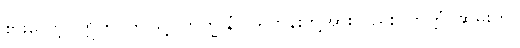
စားလော့။ ဣတိ၊ ဤသို့။ ဘိက္ခူနံပိ၊ ရဟန်းတို့အားလည်း။ ဘတ္တံ၊ ဆွမ်းကို။